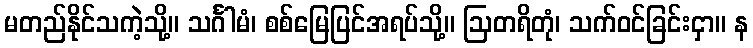
မတည်နိုင်သကဲ့သို့။ သင်္ဂါမံ၊ စစ်မြေပြင်အရပ်သို့။ ဩတရိတုံ၊ သက်ဝင်ခြင်းငှာ။ န